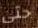
حتى